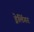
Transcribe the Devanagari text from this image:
ड्रेलिंगर